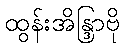
ထွန်းအိန္ဒြာဗို